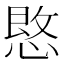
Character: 𪬒